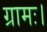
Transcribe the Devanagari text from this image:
ग्रामः।